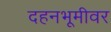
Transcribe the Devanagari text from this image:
दहनभूमीवर